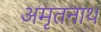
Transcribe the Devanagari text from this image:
अमृतनाथ